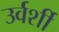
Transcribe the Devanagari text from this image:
उर्वर्शी